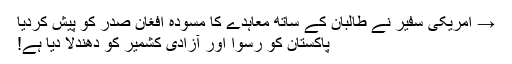
→ امریکی سفیر نے طالبان کے ساتھ معاہدے کا مسودہ افغان صدر کو پیش کردیا
پاکستان کو رسوا اور آزادی کشمیر کو دھندلا دیا ہے!